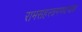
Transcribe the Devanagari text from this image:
रामसहस्त्रगणदण्डक